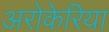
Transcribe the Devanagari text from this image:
अरोकेरिया